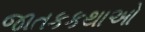
જાતકકથાઓ